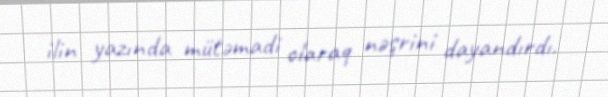
ilin yazında mütəmadi olaraq nəşrini dayandırdı.